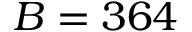
B = 3 6 4